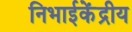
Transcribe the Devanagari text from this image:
निभाईकेंद्रीय